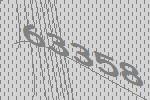
63358